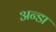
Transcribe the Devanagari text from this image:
अन्डा